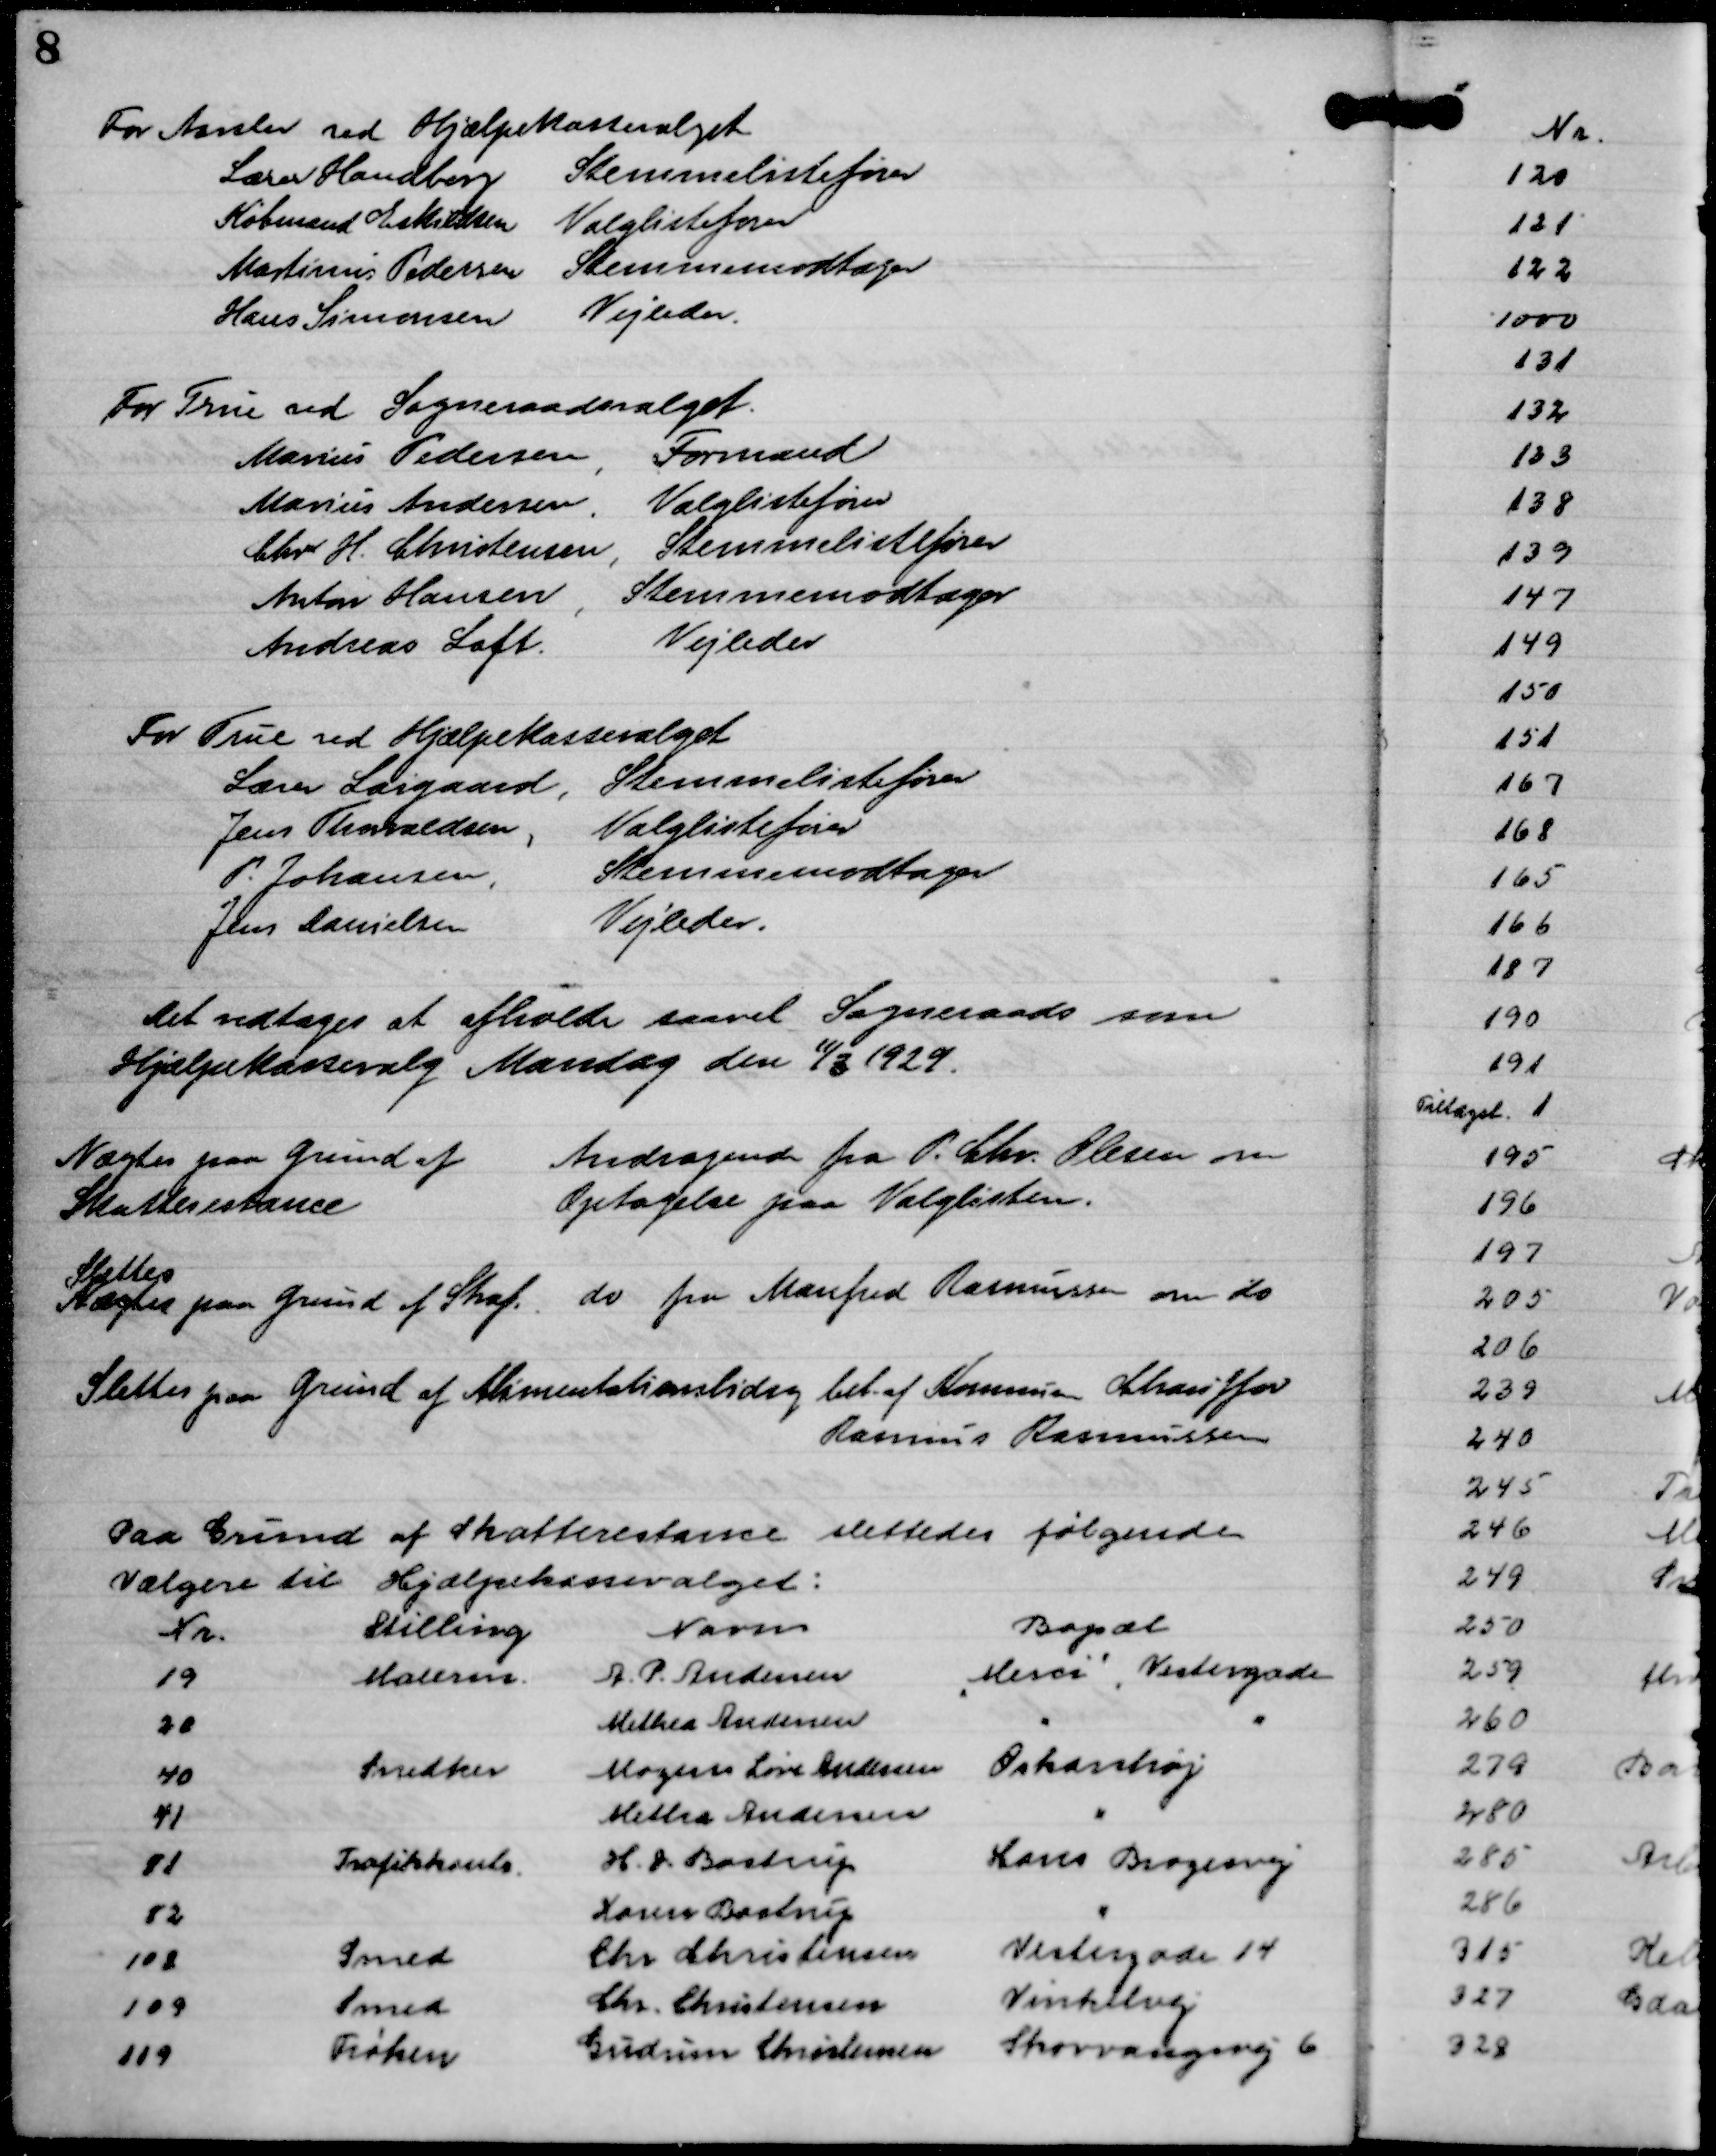
Transskription:
For Aarslev ved Hjælpekassevalget
Lærer Handberg
Stemmelistefører
Købmand Eskildsen
Valglistefører
Martinus Pedersen
Stemmemodtager
Hans Simonsen
Vejleder.

For True ved Sogneraadsvalget.
Marius Pedersen,
Formand
Marius Andersen,
Valglistefører
Chr. H. Christensen,
Stemmelistefører
Anton Hansen ,
Stemmemodtager
Andreas Loft
Vejleder

For True ved Hjælpekassevalget
Lærer Laigaard,
Stemmelistefører
Jens Thovaldsen ,
Valglistefører
P. Johansen,
Stemmemodtager
Jens Danielsen
Vejleder.

Det vedtages at afholde saavel Sogneraads som
Hjælpekassevalg Mandag den

11/3 1929.

Andragende fra P. Chr. Olesen om
Optagelse paa Valglisten.

Nægtes paa Grund af
Skatterestance

do fra Manfred Rasmussen om do

Slettes
Nægtes paa Grund af Straf.

Slettes paa Grund af Alimentationsbidrag bet. af Kommunen Chauffør
Rasmus Rasmussen

Paa Grund af af Skatterestance slettedes følgende
Vælgere til Hjælpekassevalget:
Nr.
Stilling
Navn
Bopæl
19
Malerm.
A. P. Andersen

"Mesci",

Vestergade
20
Methea Andersen
"
"
40
Snedker
Mogens Løve Andersen
Oskarshøj
41
Metha Andersen
"
81
Trafikkontr.
H. J. Bastrup
Hans Brogesvej
82
Karen Bastrup
"
108
Smed
Chr. Christensen
Vestergade 14
109
Smed
Chr. Christensen
Vinkelvej
119
Frøken
Gudrun Christensen
Skovvangsvej 6